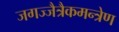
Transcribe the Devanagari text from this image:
जगज्जैत्रैकमन्त्रेण